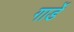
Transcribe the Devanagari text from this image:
गार्डे